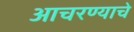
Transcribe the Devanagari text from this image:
आचरण्याचे